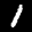
Label: 1